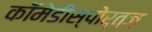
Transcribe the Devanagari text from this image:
कॉमेडीस्पोर्त्ज़